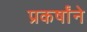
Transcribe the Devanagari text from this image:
प्रकर्षांने